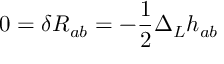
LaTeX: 0 = \delta R _ { a b } = - \frac { 1 } { 2 } \Delta _ { L } h _ { a b }